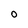
Character: o